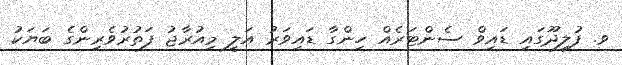
ވ. ފުލިދޫގައި ޑައިވް ސެންޓަރެއް ހިންގާ ޑައިވަރު އަލީ މިއުރާޖު ފަތުރުވެރިންގެ ބަޔަކު